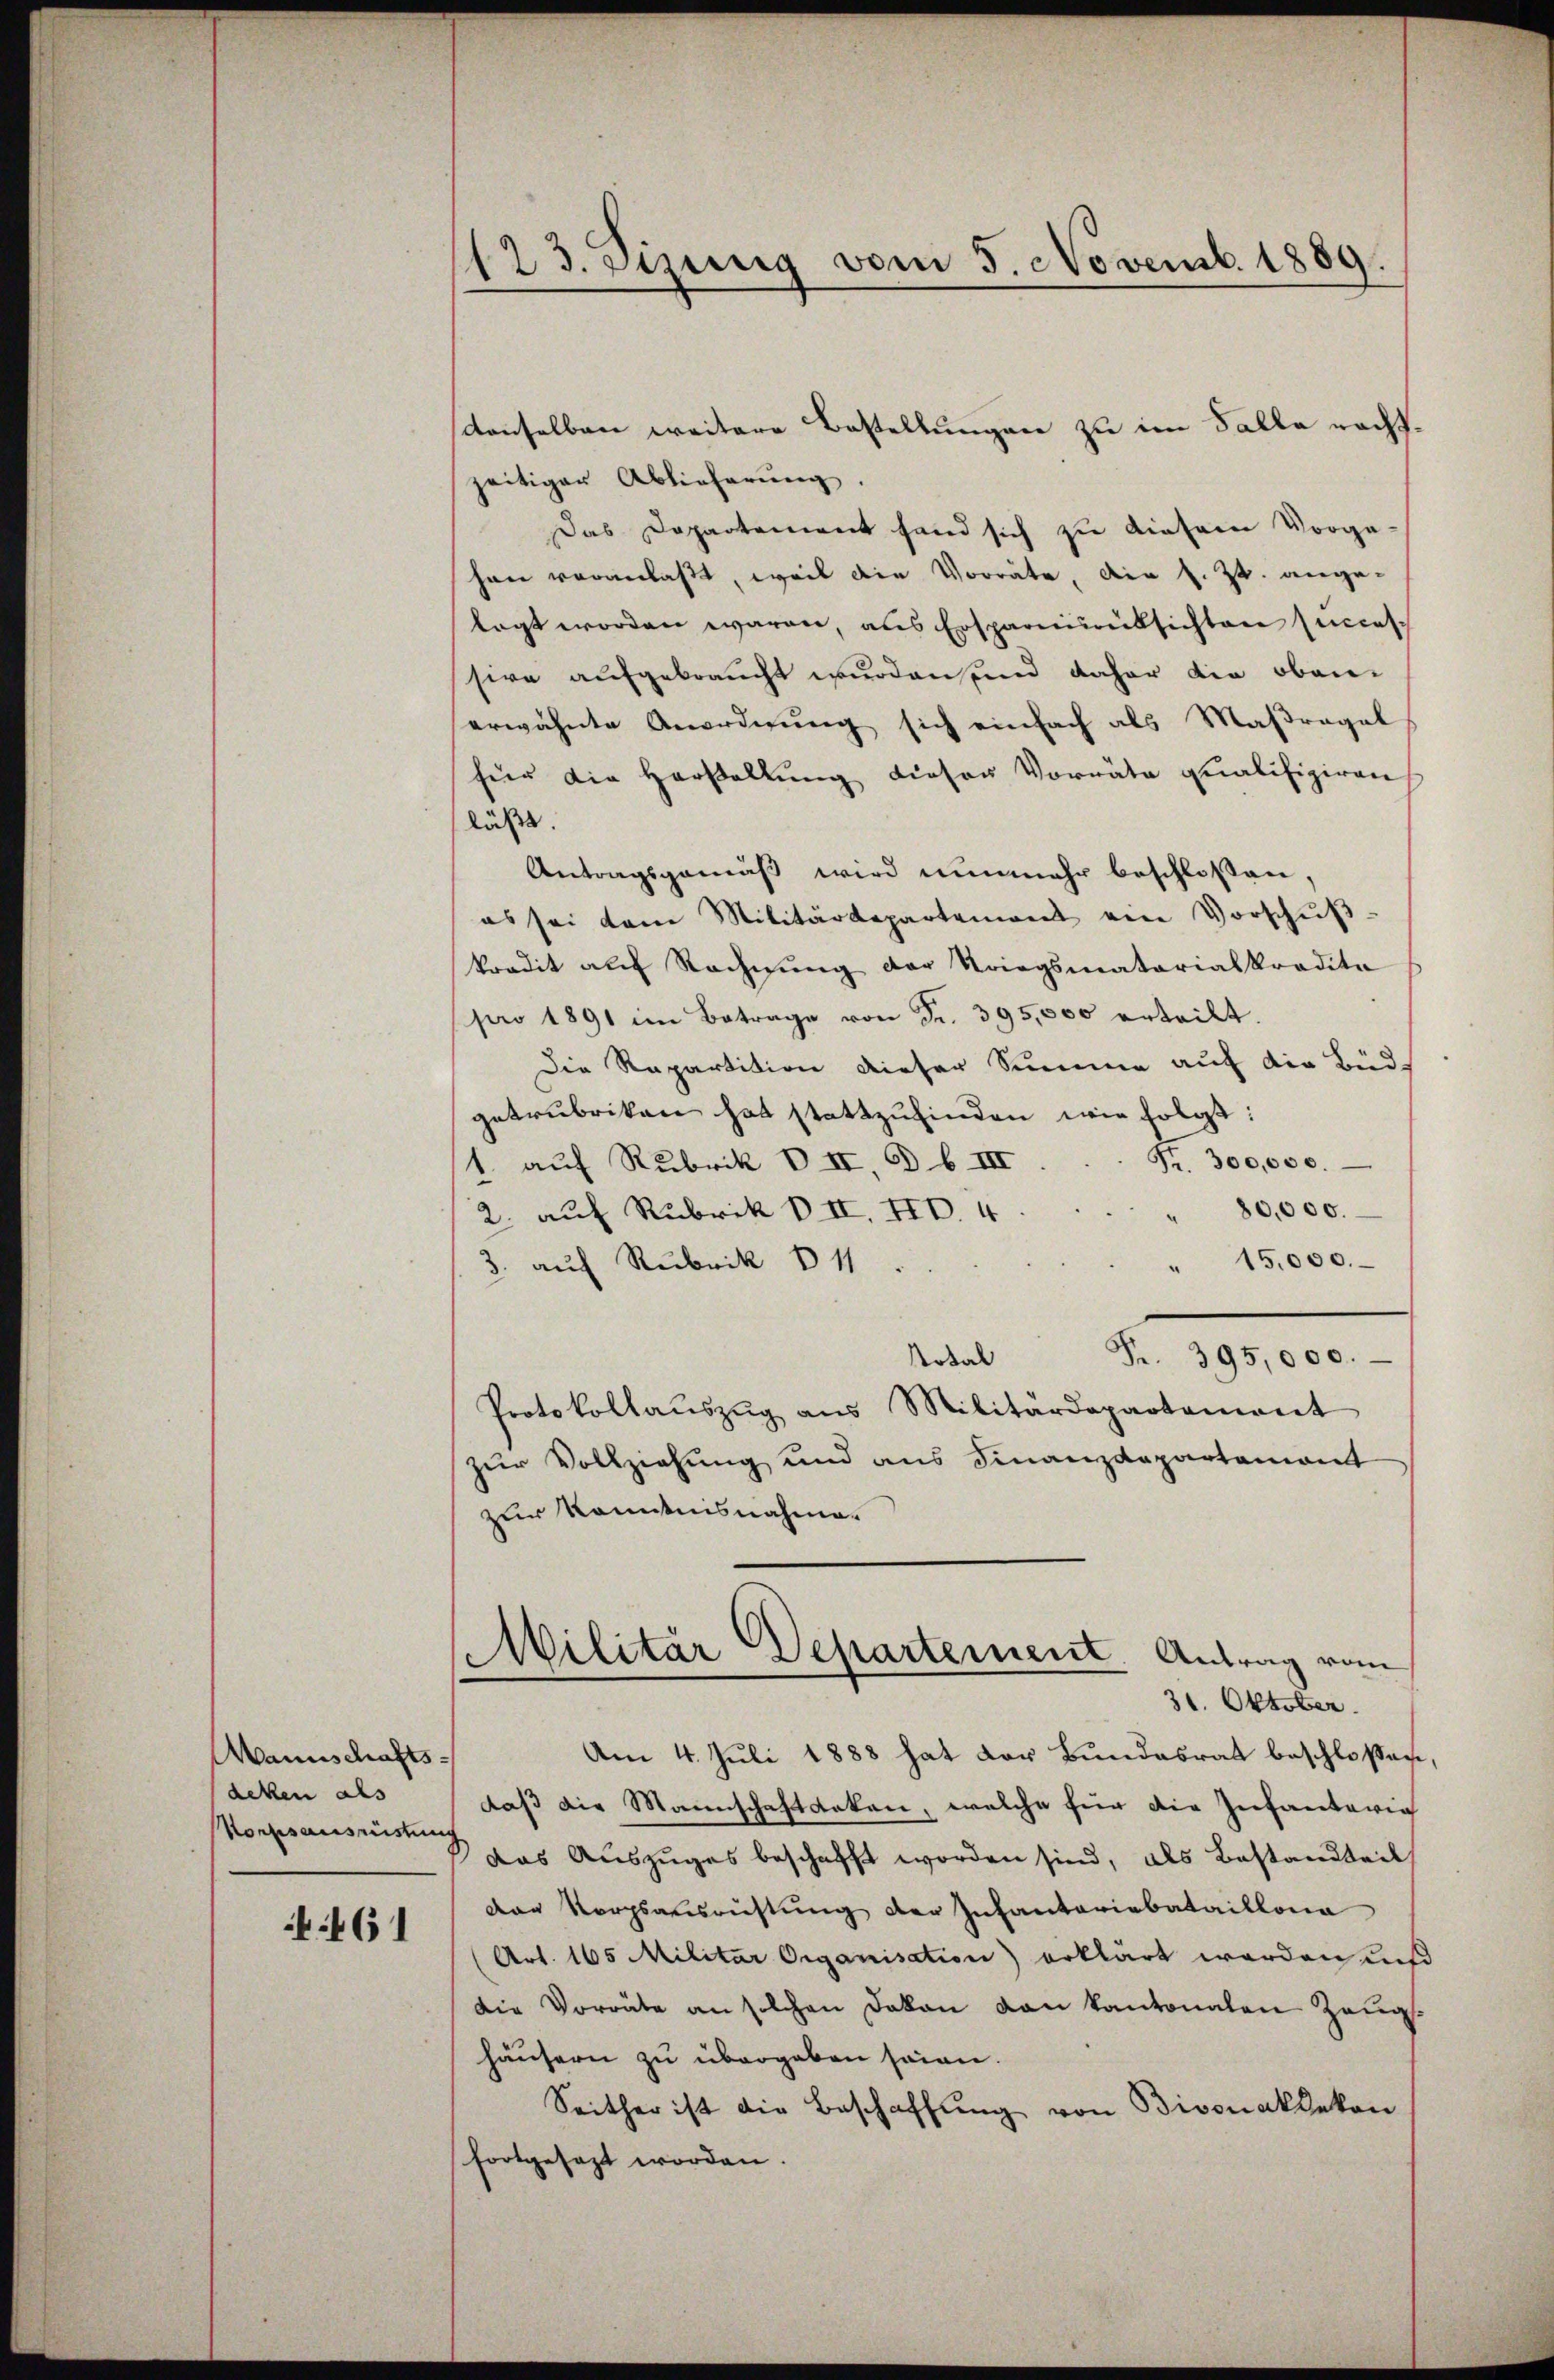
Mannschaftsacken als
orbsausreistung

461

123. stung vom 5. Novemb. 1889.

zeitiger Ablieferung.
Das Departement fand sich zu diesem Vorga-
chen veranlaßt, weil die Vorräte, die s. Zt. angelagt worden waren, aus Erspareisrüksichten succes-
ssive aufgebraucht wurden und daher die obenerwähnte Anordnung sich einfach als Maßregel
für die Herstellung diesen Vorräte qualifiziren
läßt.
Antragsgemäß wird nunmehr beschloßen,
es sei dem Militärdepartement ein Vorschŭβ
kredit aŭf Rechnŭng der Kriegsmatarialkredita
pro 1891 im Betrage von Fr. 395,000 erteilt.
Die Repartition dieser Summe auf die Büdgetrubriken hat stattzŭfinden wie folgt:
Nr. 300,000.
1. auf Rubrik VII. B. b. III
80,000.
2. auf Rubrik VII. III 4
" 15,000.
3. auf Rubrik 111
Fr. 395,000.
Rokal
Protokollaŭszŭg ans Militärdepartament
zur Vollziehung und aus Finanzdepartamant
zur Kenntnisnahmen
Militär Departement Antrag vom
31. Oktober.
Am 4. Juli 1888 hat der Bundesrat beschloßen
daß die Mannschaftarken, welche für die Infanterig
das Auszuges beschafft worden sind, als Bestandteil
Der Korpsausrüstung der Infantariabataillona
(Art. 165 Militar Organisation) erklärt werden und
Die Vorräte an solchen Dokan von kantonalen Zeughäusern zu übergeben sein.
Seither ist die Beschaffŭng von Bivonaklekon
fortgesezt worden.

denselben weitere Bestellungen zu im Falle nacht.